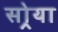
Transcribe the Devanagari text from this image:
सोर्‍या